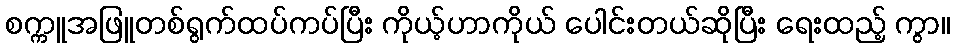
စက္ကူအဖြူတစ်ရွက်ထပ်ကပ်ပြီး ကိုယ့်ဟာကိုယ် ပေါင်းတယ်ဆိုပြီး ရေးထည့် ကွာ။